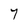
Character: 7